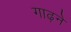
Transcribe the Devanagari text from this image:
गाढ़ने